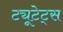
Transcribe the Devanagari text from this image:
ट्यूटेट्स